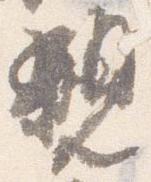
親